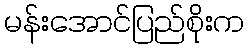
မန်းအောင်ပြည်စိုးက